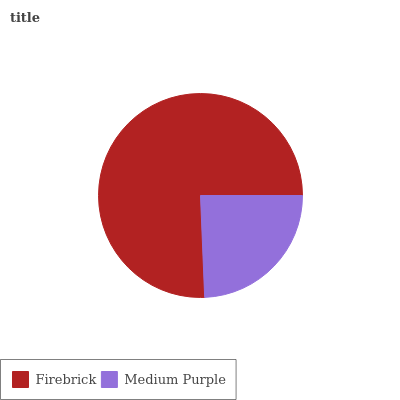
| Firebrick | Medium Purple |
 | --- | --- |
 | 75.6% | 24.4% |